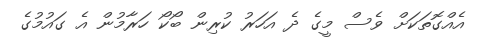
އެއްގޮތަކަށް ވެސް މީގެ ދެ އަހަރު ކުރިން ބޯކޯ ހަރާމުން އެ ގައުމުގެ